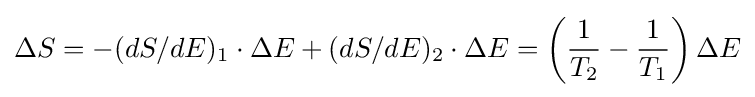
\Delta S=-(dS/dE)_{1}\cdot \Delta E+(dS/dE)_{2}\cdot \Delta E=\left({\frac {1}{T_{2}}}-{\frac {1}{T_{1}}}\right)\Delta E